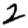
Digit: 2